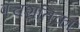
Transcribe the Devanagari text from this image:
पंचशतिका